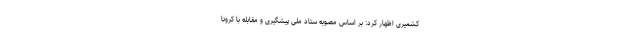
کشمیری اظهار کرد: بر اساس مصوبه ستاد ملی پیشگیری و مقابله با کرونا